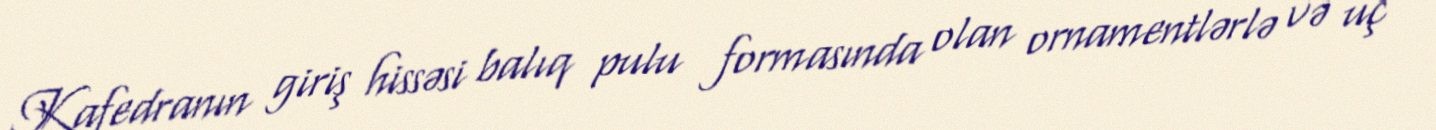
Kafedranın giriş hissəsi balıq pulu formasında olan ornamentlərlə və üç